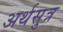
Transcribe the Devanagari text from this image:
अर्थसुत्र